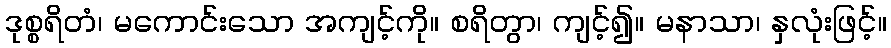
ဒုစ္စရိတံ၊ မကောင်းသော အကျင့်ကို။ စရိတွာ၊ ကျင့်၍။ မနာသာ၊ နှလုံးဖြင့်။